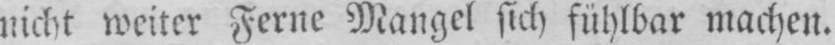
nicht weiter Ferne Mangel sich fühlbar machen.